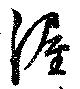
渥